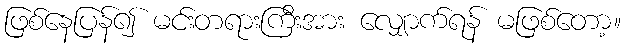
ဖြစ်နေပြန်၍ မင်းတရားကြီးအား လျှောက်ရန် မဖြစ်တော့။